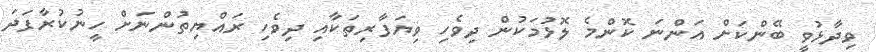
ވިދާޅުވީ ބޭންކަށް އަންނަ ކޮންމެ ލޮޅުމަކުން ދިވެހި ވިޔަފާރިތަކާއި ދިވެހި ރައްޔިތުންނަށް ހީނުކުރާފަދަ